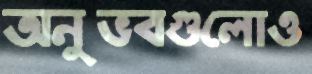
অনুভবগুলোও